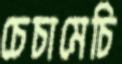
চেচামেচি